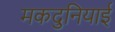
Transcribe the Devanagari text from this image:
मकदुनियाई